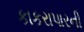
કાકરાપારની